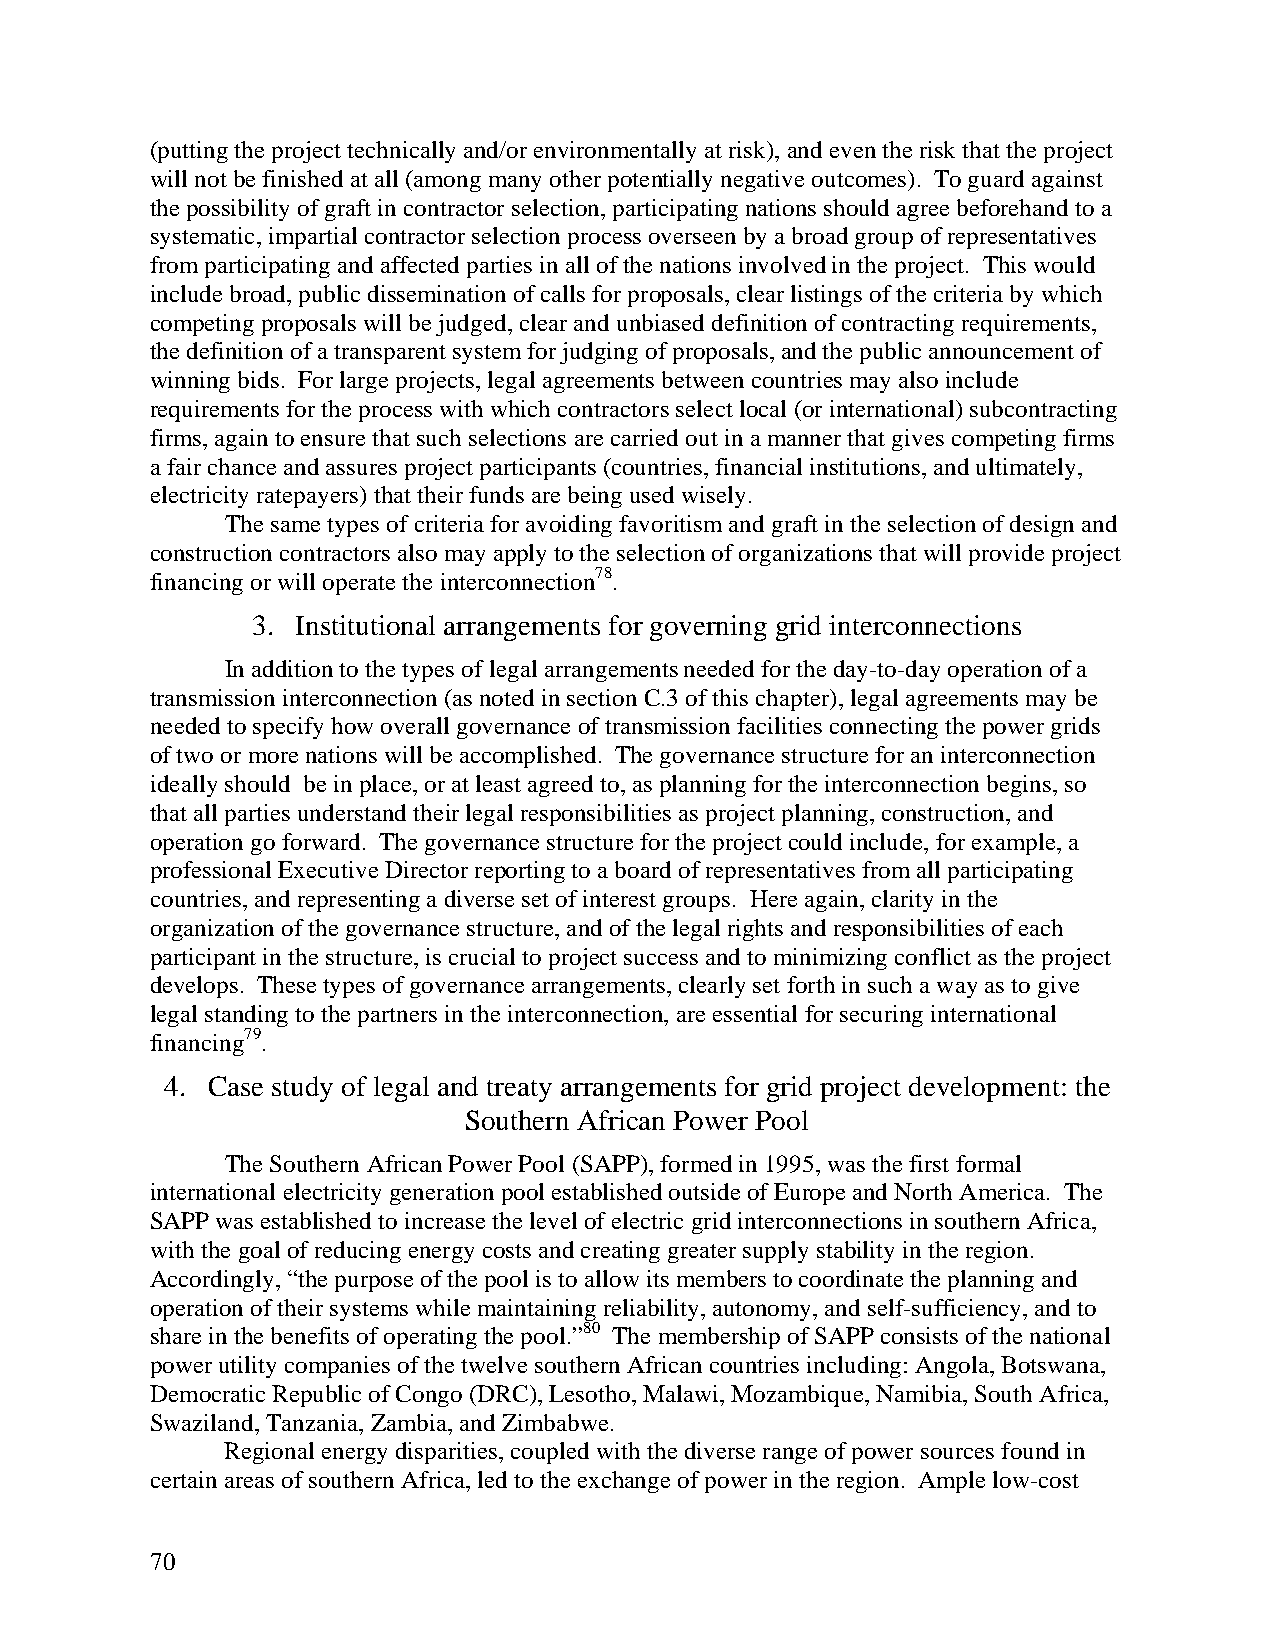
(putting the project technically and/or environmentally at risk), and even the risk that the project
 will not be finished at all (among many other potentially negative outcomes). To guard against
 the possibility of graft in contractor selection, participating nations should agree beforehand to a
 systematic, impartial contractor selection process overseen by a broad group of representatives
 from participating and affected parties in all of the nations involved in the project. This would
 include broad, public dissemination of calls for proposals, clear listings of the criteria by which
 competing proposals will be judged, clear and unbiased definition of contracting requirements,
 the definition of a transparent system for judging of proposals, and the public announcement of
 winning bids. For large projects, legal agreements between countries may also include
 requirements for the process with which contractors select local (or international) subcontracting
 firms, again to ensure that such selections are carried out in a manner that gives competing firms
 a fair chance and assures project participants (countries, financial institutions, and ultimately,
 electricity ratepayers) that their funds are being used wisely.
 The same types of criteria for avoiding favoritism and graft in the selection of design and
 construction contractors also may apply to the selection of organizations that will provide project
 financing or will operate the interconnection78.
 3. Institutional arrangements for governing grid interconnections
 In addition to the types of legal arrangements needed for the day-to-day operation of a
 transmission interconnection (as noted in section C.3 of this chapter), legal agreements may be
 needed to specify how overall governance of transmission facilities connecting the power grids
 of two or more nations will be accomplished. The governance structure for an interconnection
 ideally should be in place, or at least agreed to, as planning for the interconnection begins, so
 that all parties understand their legal responsibilities as project planning, construction, and
 operation go forward. The governance structure for the project could include, for example, a
 professional Executive Director reporting to a board of representatives from all participating
 countries, and representing a diverse set of interest groups. Here again, clarity in the
 organization of the governance structure, and of the legal rights and responsibilities of each
 participant in the structure, is crucial to project success and to minimizing conflict as the project
 develops. These types of governance arrangements, clearly set forth in such a way as to give
 legal standing to the partners in the interconnection, are essential for securing international
 financing79.
 4. Case study of legal and treaty arrangements for grid project development: the
 Southern African Power Pool
 The Southern African Power Pool (SAPP), formed in 1995, was the first formal
 international electricity generation pool established outside of Europe and North America. The
 SAPP was established to increase the level of electric grid interconnections in southern Africa,
 with the goal of reducing energy costs and creating greater supply stability in the region.
 Accordingly, “the purpose of the pool is to allow its members to coordinate the planning and
 operation of their systems while maintaining reliability, autonomy, and self-sufficiency, and to
 share in the benefits of operating the pool.”80 The membership of SAPP consists of the national
 power utility companies of the twelve southern African countries including: Angola, Botswana,
 Democratic Republic of Congo (DRC), Lesotho, Malawi, Mozambique, Namibia, South Africa,
 Swaziland, Tanzania, Zambia, and Zimbabwe.
 Regional energy disparities, coupled with the diverse range of power sources found in
 certain areas of southern Africa, led to the exchange of power in the region. Ample low-cost
 70